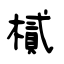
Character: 樲